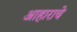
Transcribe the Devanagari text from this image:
आहाराचे